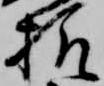
様